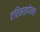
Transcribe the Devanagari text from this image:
एरिसाइपेलस